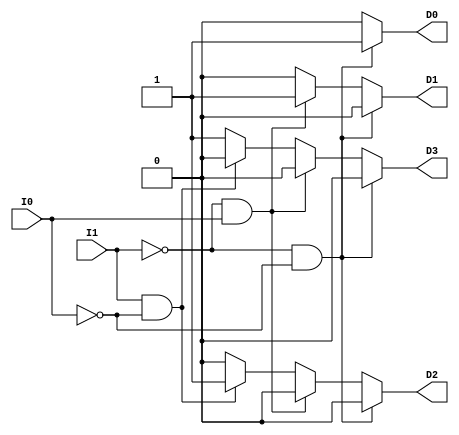
`timescale 1ns / 1ns

module Dcd2x4 (I1, I0, D3, D2, D1, D0);

    input I1, I0;
    output D3, D2, D1, D0;

    reg D3, D2, D1, D0;

    always @(I1, I0) begin
        if (I1==0 && I0==0)
        begin
            D3 <= 0; D2 <= 0;
            D1 <= 0; D0 <= 1;
        end
        else if (I1==0 && I0==1)
        begin
            D3 <= 0; D2 <= 0;
            D1 <= 1; D0 <= 0;
        end
        else if (I1==1 && I0==0)
        begin
            D3 <= 0; D2 <= 1;
            D1 <= 0; D0 <= 0;
        end
        else
        begin
            D3 <= 1; D2 <= 0;
            D1 <= 0; D0 <= 0;
        end
    end

endmodule